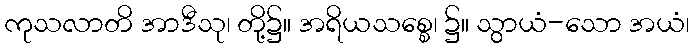
ကုသလာတိ အာဒီသု၊ တို့၌။ အရိယသစ္စေ၊ ၌။ သွာယံ-သော အယံ၊